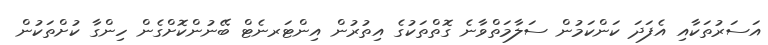
އަސަރުތަކާއި އެފަދަ ކަންކަމުން ސަލާމަތްވާނެ ގޮތްތަކުގެ އިތުރުން އިންޓަރނެޓް ބޭނުންކޮށްގެން ހިންގާ ކުށްތަކުން